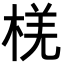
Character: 𪲞